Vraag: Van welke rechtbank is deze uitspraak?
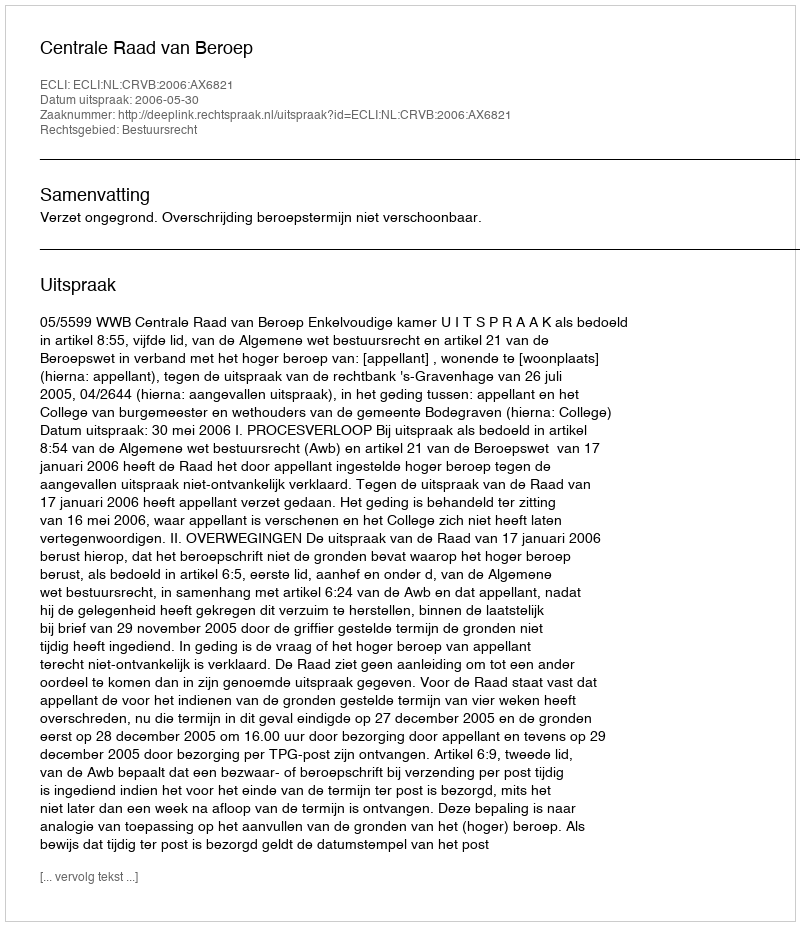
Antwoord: Centrale Raad van Beroep